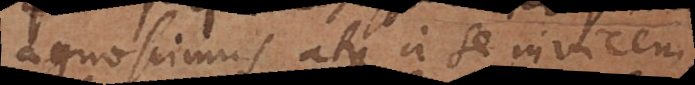
agnoscimus, et a se invicem